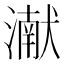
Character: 𮳖